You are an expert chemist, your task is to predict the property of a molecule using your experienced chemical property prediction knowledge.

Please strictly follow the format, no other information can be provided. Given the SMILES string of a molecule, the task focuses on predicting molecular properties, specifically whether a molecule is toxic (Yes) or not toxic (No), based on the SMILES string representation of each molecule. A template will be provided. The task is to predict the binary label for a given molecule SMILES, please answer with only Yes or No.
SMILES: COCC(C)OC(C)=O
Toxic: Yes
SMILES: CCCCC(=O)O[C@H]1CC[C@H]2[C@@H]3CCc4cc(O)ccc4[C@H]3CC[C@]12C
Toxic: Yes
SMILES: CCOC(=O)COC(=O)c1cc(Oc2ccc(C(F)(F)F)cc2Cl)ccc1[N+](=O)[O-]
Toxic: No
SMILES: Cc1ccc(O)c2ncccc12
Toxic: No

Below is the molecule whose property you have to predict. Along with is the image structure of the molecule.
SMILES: CCN1CCCC(OC(=O)C(c2ccccc2)c2ccccc2)C1
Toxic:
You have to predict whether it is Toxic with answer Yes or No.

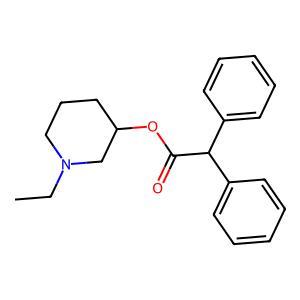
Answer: No